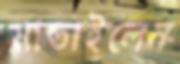
মাতাইলেন